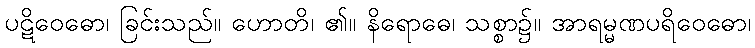
ပဋိဝေဓော၊ ခြင်းသည်။ ဟောတိ၊ ၏။ နိရောဓေ၊ သစ္စာ၌။ အာရမ္မဏပရိဝေဓော၊